Applicability to medico-legal practice in India of the biochemical tests for the origin of blood-stains - Number 39
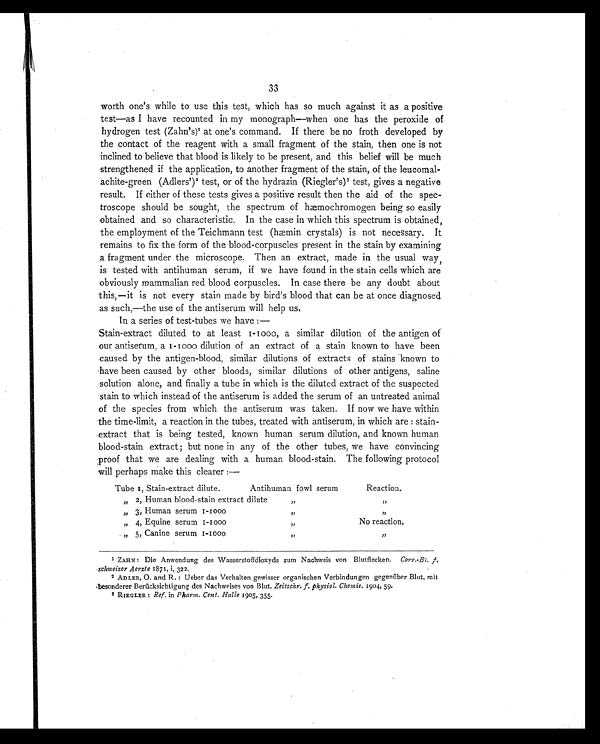
33
worth one's while to use this test, which has so much against it as a positive
test—as I have recounted in my monograph—when one has the peroxide of
hydrogen test (Zahn's)1 at one's command. If there be no froth developed by
the contact of the reagent with a small fragment of the stain, then one is not
inclined to believe that blood is likely to be present, and this belief will be much
strengthened if the application, to another fragment of the stain, of the leucomal-
achite-green (Adlers') 2 test, or of the hydrazin (Riegler's) 3 test, gives a negative
result. If either of these tests gives a positive result then the aid of the spec-
troscope should be sought, the spectrum of hæmochromogen being so easily
obtained and so characteristic. In the case in which this spectrum is obtained,
the employment of the Teichmann test (hæmin crystals) is not necessary. It
remains to fix the form of the blood-corpuscles present in the stain by examining
a fragment under the microscope. Then an extract, made in the usual way,
is tested with antihuman serum, if we have found in the stain cells which are
obviously mammalian red blood corpuscles. In case there be any doubt about
this,— it is not every stain made by bird's blood that can be at once diagnosed
as such,—the use of the antiserum will help us.
In a series of test-tubes we have :—
Stain-extract diluted to at least 1-1000, a similar dilution of the antigen of
our antiserum, a 1-1000 dilution of an extract of a stain known to have been
caused by the antigen-blood, similar dilutions of extracts of stains known to
have been caused by other bloods, similar dilutions of other antigens, saline
solution alone, and finally a tube in which is the diluted extract of the suspected
stain to which instead of the antiserum is added the serum of an untreated animal
of the species from which the antiserum was taken. If now we have within
the time-limit, a reaction in the tubes, treated with antiserum, in which are : stain-
extract that is being tested, known human serum dilution, and known human
blood-stain extract; but none in any of the other tubes, we have convincing
proof that we are dealing with a human blood-stain. The following protocol
will perhaps make this clearer:—
Tube 1, Stain-extract dilute.
Antihuman fowl serum
Reaction.
" 2, Human blood-stain extract dilute
"
"
" 3, Human serum 1-1000
"
"
"
"
4, Equine serum 1-1000
5, Canine serum 1-1000
"
"
No reaction,
"
1Z A H N : D i e A n w e n d u n g d e s Wa s s e r s t o f f d i o x y d s z u m N a c h w e i s v o n B l u t f l e c k e n . C o r r . - B l . f
schweizer Aerzte 1871, i, 322.
2 ADLER, 0. and R.: Ueber das Verhalten gewisser organischen Verbindungen gegenüber Blut, mil
besonderer Berücksichtigung des Nachweises von Blut. Zeitschr. f. physiol. Chemie. 1904, 59.
3 RIEGLER: Ref. in Pharm. Cent. Halle 1905, 355.